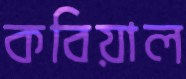
কবিয়াল